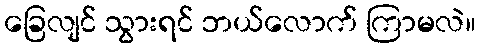
ခြေလျင် သွားရင် ဘယ်လောက် ကြာမလဲ။